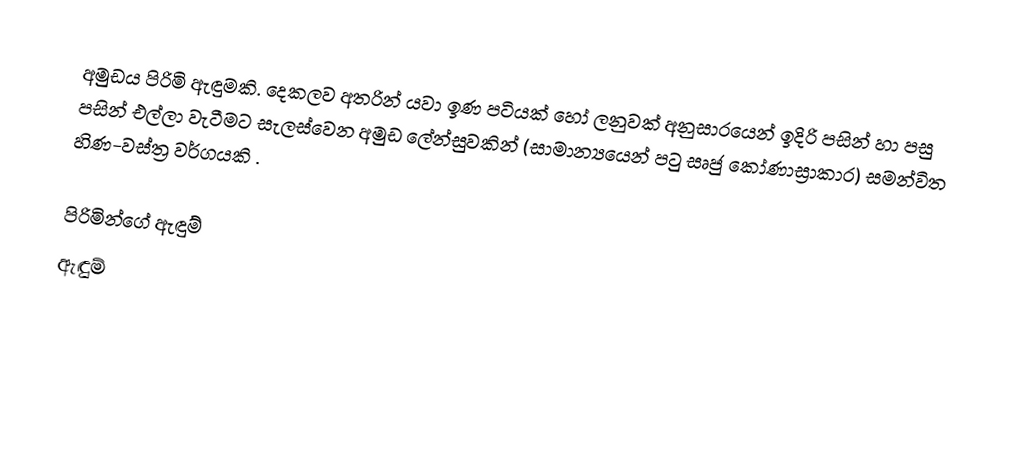
අමුඩය පිරිමි ඇඳුමකි.  දෙකලව අතරින් යවා ඉණ පටියක් හෝ ලනුවක් අනුසාරයෙන් ඉදිරි පසින් හා පසු පසින් එල්ලා වැටීමට සැලස්වෙන අමුඩ ලේන්සුවකින් (සාමාන්‍යයෙන් පටු සෘජු කෝණාස්‍රාකාර) සමන්විත  හිණ-වස්ත්‍ර වර්ගයකි .

පිරිමින්ගේ ඇඳුම්
ඇඳුම්